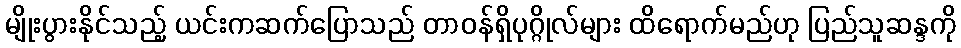
မျိုးပွားနိုင်သည့် ယင်းကဆက်ပြောသည် တာ၀န်ရှိပုဂ္ဂိုလ်များ ထိရောက်မည်ဟု ပြည်သူဆန္ဒကို